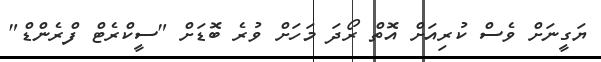
ޔަގީނަށް ވެސް ކުރިއަށް އޮތް ރޯދަ މަހަށް ވުރެ ބޮޑަށް "ސީކްރެޓް ފްރެންޑް"